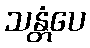
သန္တံပေ